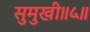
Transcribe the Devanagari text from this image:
सुमुखी॥५॥